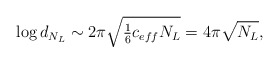
\begin{align*}\log d_{N_L}\sim {2\pi\sqrt{\textstyle{1\over 6} c_{eff}N_L}}=4\pi\sqrt{N_L},\end{align*}